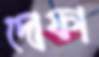
দোফা